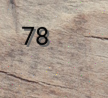
78